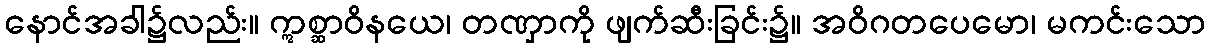
နောင်အခါ၌လည်း။ ဣစ္ဆာဝိနယေ၊ တဏှာကို ဖျက်ဆီးခြင်း၌။ အဝိဂတပေမော၊ မကင်းသော